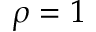
\rho = 1